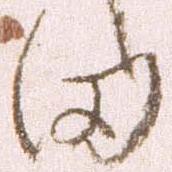
田